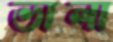
ভালা